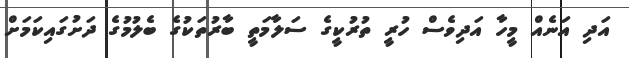
އަދި އަނެއް މީހާ އަދިވެސް ހުރީ ތުރުކީގެ ސަލާމަތީ ބާރުތަކުގެ ބެލުމުގެ ދަށުގައިކަމަަށް